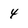
Character: 4